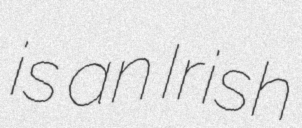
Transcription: is an Irish